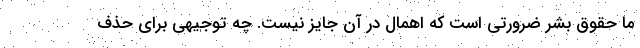
ما حقوق بشر ضرورتی است که اهمال در آن جایز نیست. چه توجیهی برای حذف